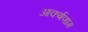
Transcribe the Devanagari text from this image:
आकर्षणांग